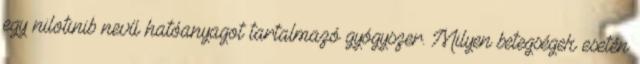
egy nilotinib nevű hatóanyagot tartalmazó gyógyszer. Milyen betegségek esetén